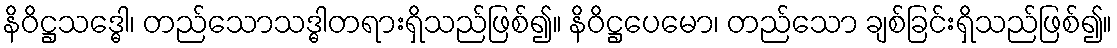
နိဝိဋ္ဌသဒ္ဓေါ၊ တည်သောသဒ္ဓါတရားရှိသည်ဖြစ်၍။ နိဝိဋ္ဌပေမော၊ တည်သော ချစ်ခြင်းရှိသည်ဖြစ်၍။